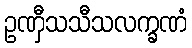
ဥဏှီသသီသလက္ခဏံ